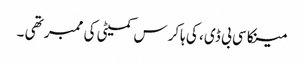
مینکا سی بی ڈی ، کی ہاکرس کمیٹی کی ممبر تھی ۔